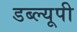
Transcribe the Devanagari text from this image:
डब्ल्यूपी